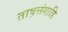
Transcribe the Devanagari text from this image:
ताष़त्तंगाडि